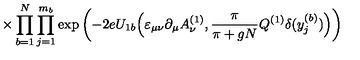
\times \prod _ { b = 1 } ^ { N } \prod _ { j = 1 } ^ { m _ { b } } \exp \left( - 2 e U _ { 1 b } \Big ( \varepsilon _ { \mu \nu } \partial _ { \mu } A _ { \nu } ^ { ( 1 ) } , \frac { \pi } { \pi + g N } Q ^ { ( 1 ) } \delta ( y _ { j } ^ { ( b ) } ) \Big ) \right)